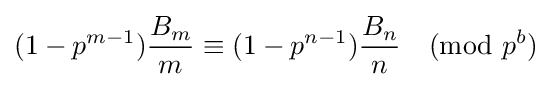
(1-p^{m-1}){\frac {B_{m}}{m}}\equiv (1-p^{n-1}){\frac {B_{n}}{n}}{\pmod {p^{b}}}